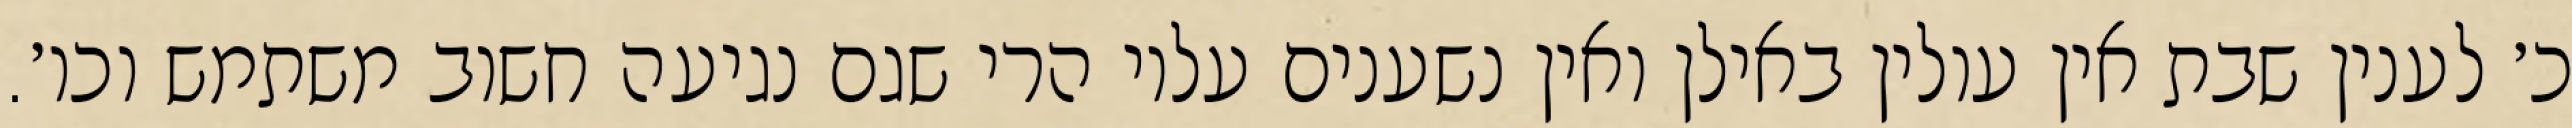
כ׳ לענין שבת אין עולין באילן ואין נשענים עליו הרי שגם נגיעה חשוב משתמש וכו׳.